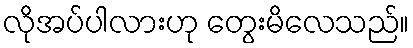
လိုအပ်ပါလားဟု တွေးမိလေသည်။